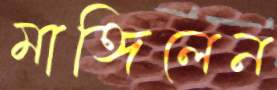
মাঙ্গিলেন